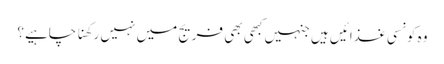
وہ کونسی غذائیں ہیں جنہیں کبھی بھی فریج میں نہیں رکھنا چاہیے؟